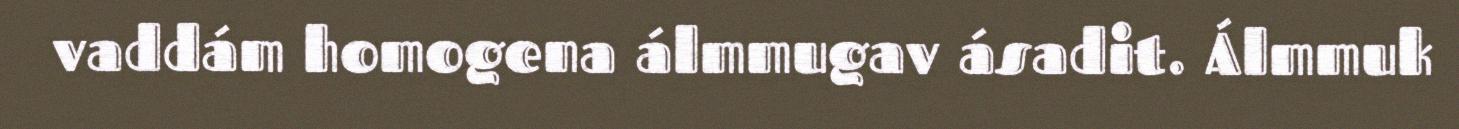
vaddám homogena álmmugav ásadit. Álmmuk